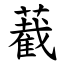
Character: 䕙